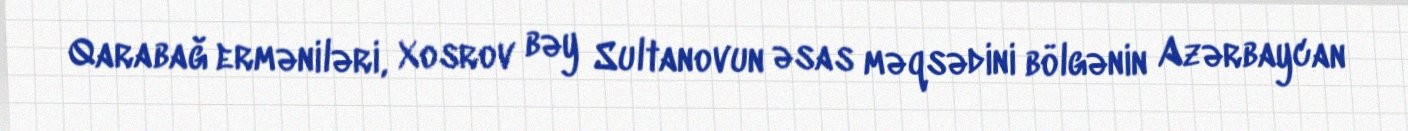
Qarabağ erməniləri, Xosrov bəy Sultanovun əsas məqsədini bölgənin Azərbaycan